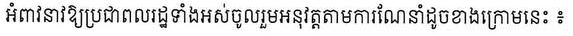
អំពាវនាវឱ្យប្រជាពលរដ្ឋទាំងអស់ចូលរួមអនុវត្តតាមការណែនាំដូចខាងក្រោមនេះ ៖